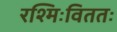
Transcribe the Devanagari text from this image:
रश्मिःविततः